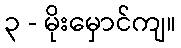
၃ - မိုးမှောင်ကျ။